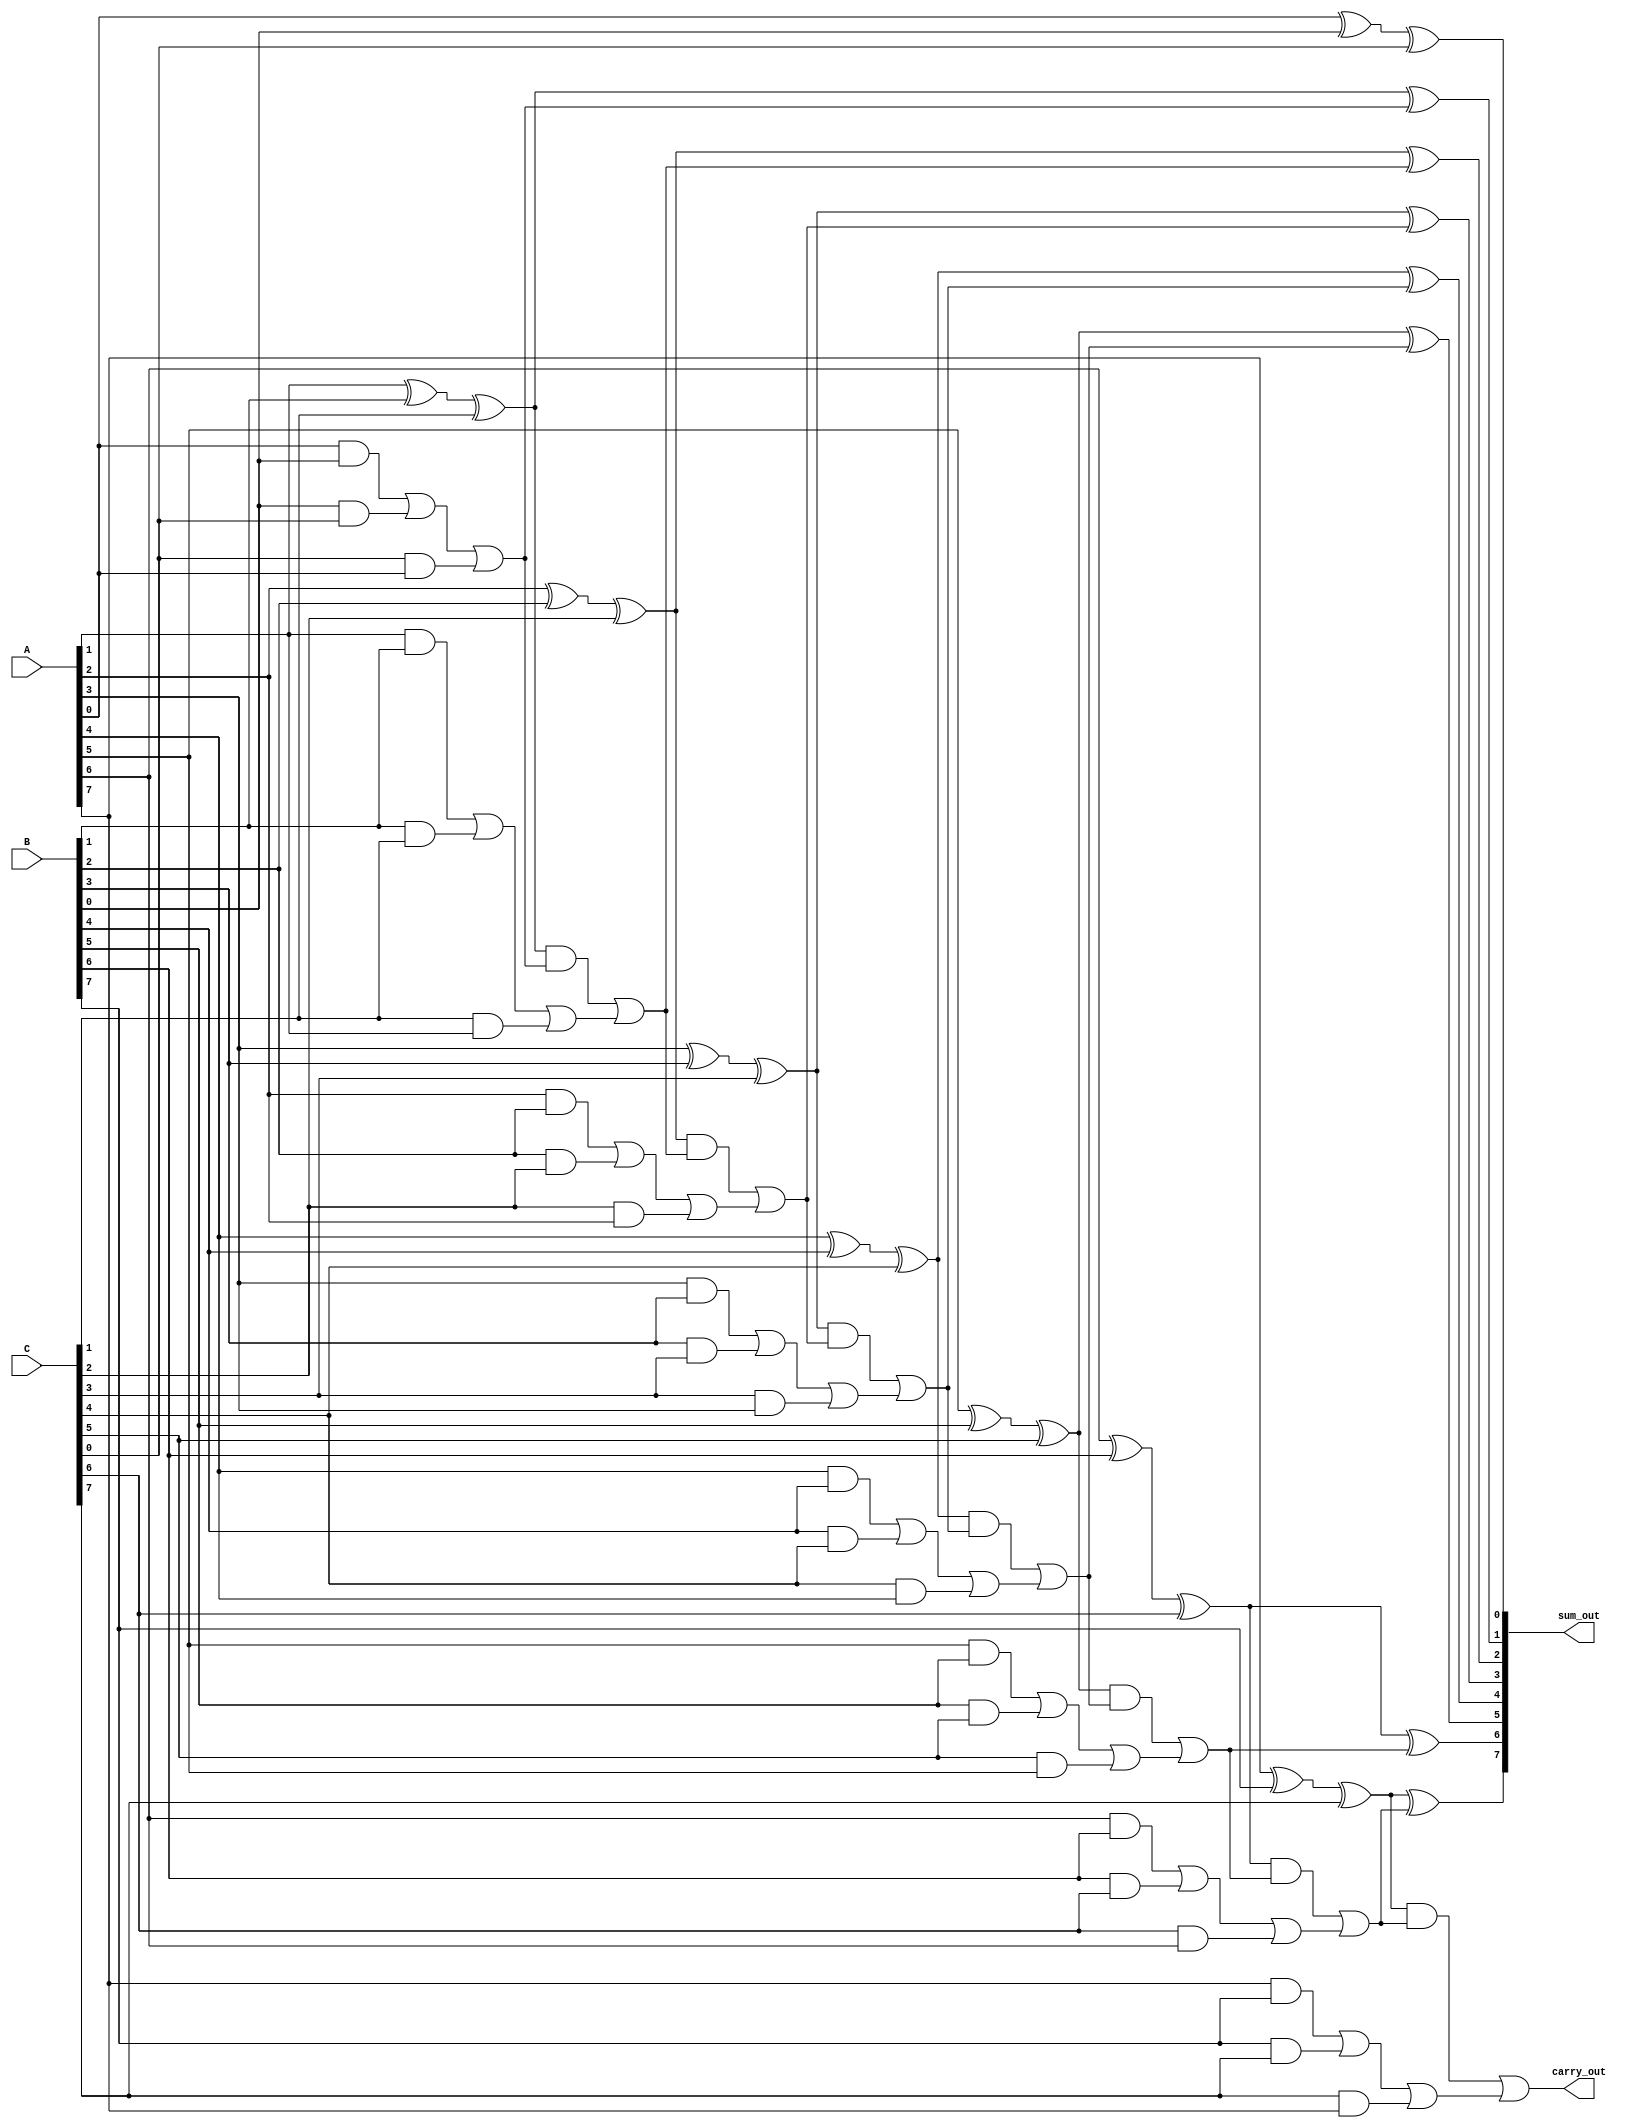
module CarrySaveAdder (
    input [N-1:0] A,  // First input
    input [N-1:0] B,  // Second input
    input [N-1:0] C,  // Third input
    output [N-1:0] sum_out,  // Final sum output
    output carry_out  // Final carry output
);
    parameter N = 8;  // Width of the input numbers

    // Intermediate sums and carries
    wire [N-1:0] sum1, sum2, carry1, carry2;

    // First stage of CSA
    generate
        genvar i;
        for (i = 0; i < N; i = i + 1) begin : CSA_stage1
            assign sum1[i] = A[i] ^ B[i] ^ C[i];  // Sum bits
            assign carry1[i] = (A[i] & B[i]) | (B[i] & C[i]) | (C[i] & A[i]);  // Carry bits
        end
    endgenerate

    // Second stage of reduction tree
    wire [N-1:0] sum_final;
    wire [N-1:0] carry_final;

    generate
        for (i = 0; i < N; i = i + 1) begin : CSA_stage2
            if (i == 0) begin
                assign sum_final[i] = sum1[i];  // First sum bit
                assign carry_final[i] = carry1[i]; // First carry bit
            end else begin
                assign sum_final[i] = sum1[i] ^ carry_final[i-1];  // Sum bits from previous stage
                assign carry_final[i] = (sum1[i] & carry_final[i-1]) | carry1[i];  // Carry bits
            end
        end
    endgenerate

    // Final output
    assign sum_out = sum_final;
    assign carry_out = carry_final[N-1];  // Final carry out

endmodule